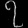
Digit: ၇